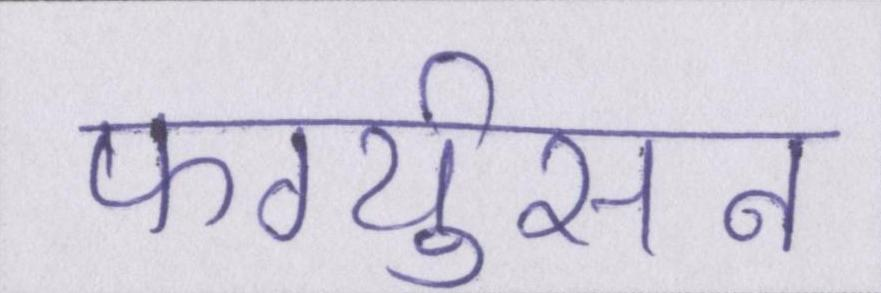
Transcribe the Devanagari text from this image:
फर्ग्युसन